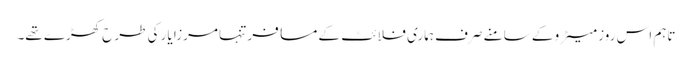
تاہم اس روز میٹرو کے سامنے صرف ہماری فلائٹ کے مسافر تنہا مرزا یار کی طرح کھڑے تھے۔